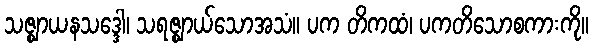
သဇ္ဈာယနသဒ္ဒေါ၊ သရဇ္ဈာယ်သောအသံ။ ပက တိကထံ၊ ပကတိသောစကားကို။